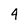
Character: 4